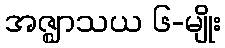
အဇ္ဈာသယ ၆-မျိုး